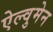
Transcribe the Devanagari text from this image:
ऐल्वुमेन